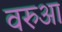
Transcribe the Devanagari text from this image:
वरुआ